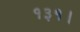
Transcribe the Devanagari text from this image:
१३१।